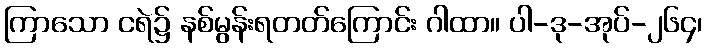
ကြာသော ငရဲ၌ နစ်မွန်းရတတ်ကြောင်း ဂါထာ။ ပါ-ဒု-အုပ်-၂၆၄၊